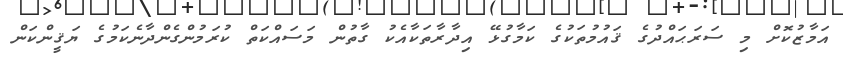
އަމާޒުކޮށް މި ސަރަޙައްދުގެ ޤައުމުތަކުގެ ކަމާގުޅޭ އިދާރާތަކާއެކު ގާތުން މަސައްކަތް ކުރަމުންގެންދާނެކަމުގެ ޔަޤީންކަން